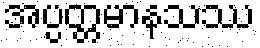
အပ္ပတ္တမာနသဿ